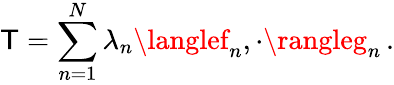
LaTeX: \mathsf{T}=\sum_{n=1}^{N}\lambda_{n}\langlef_{n},\cdot\rangleg_{n}\, .